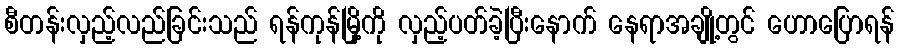
စီတန်းလှည့်လည်ခြင်းသည် ရန်ကုန်မြို့ကို လှည့်ပတ်ခဲ့ပြီးနောက် နေရာအချို့တွင် ဟောပြောရန်